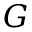
G